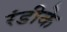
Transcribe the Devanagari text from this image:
रंडीके